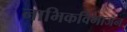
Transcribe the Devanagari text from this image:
नाभिकविभाजन